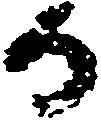
日